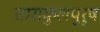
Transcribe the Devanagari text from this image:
ताराकुलपुरुष